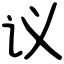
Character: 议